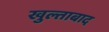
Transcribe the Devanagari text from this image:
खुल्ताबाद